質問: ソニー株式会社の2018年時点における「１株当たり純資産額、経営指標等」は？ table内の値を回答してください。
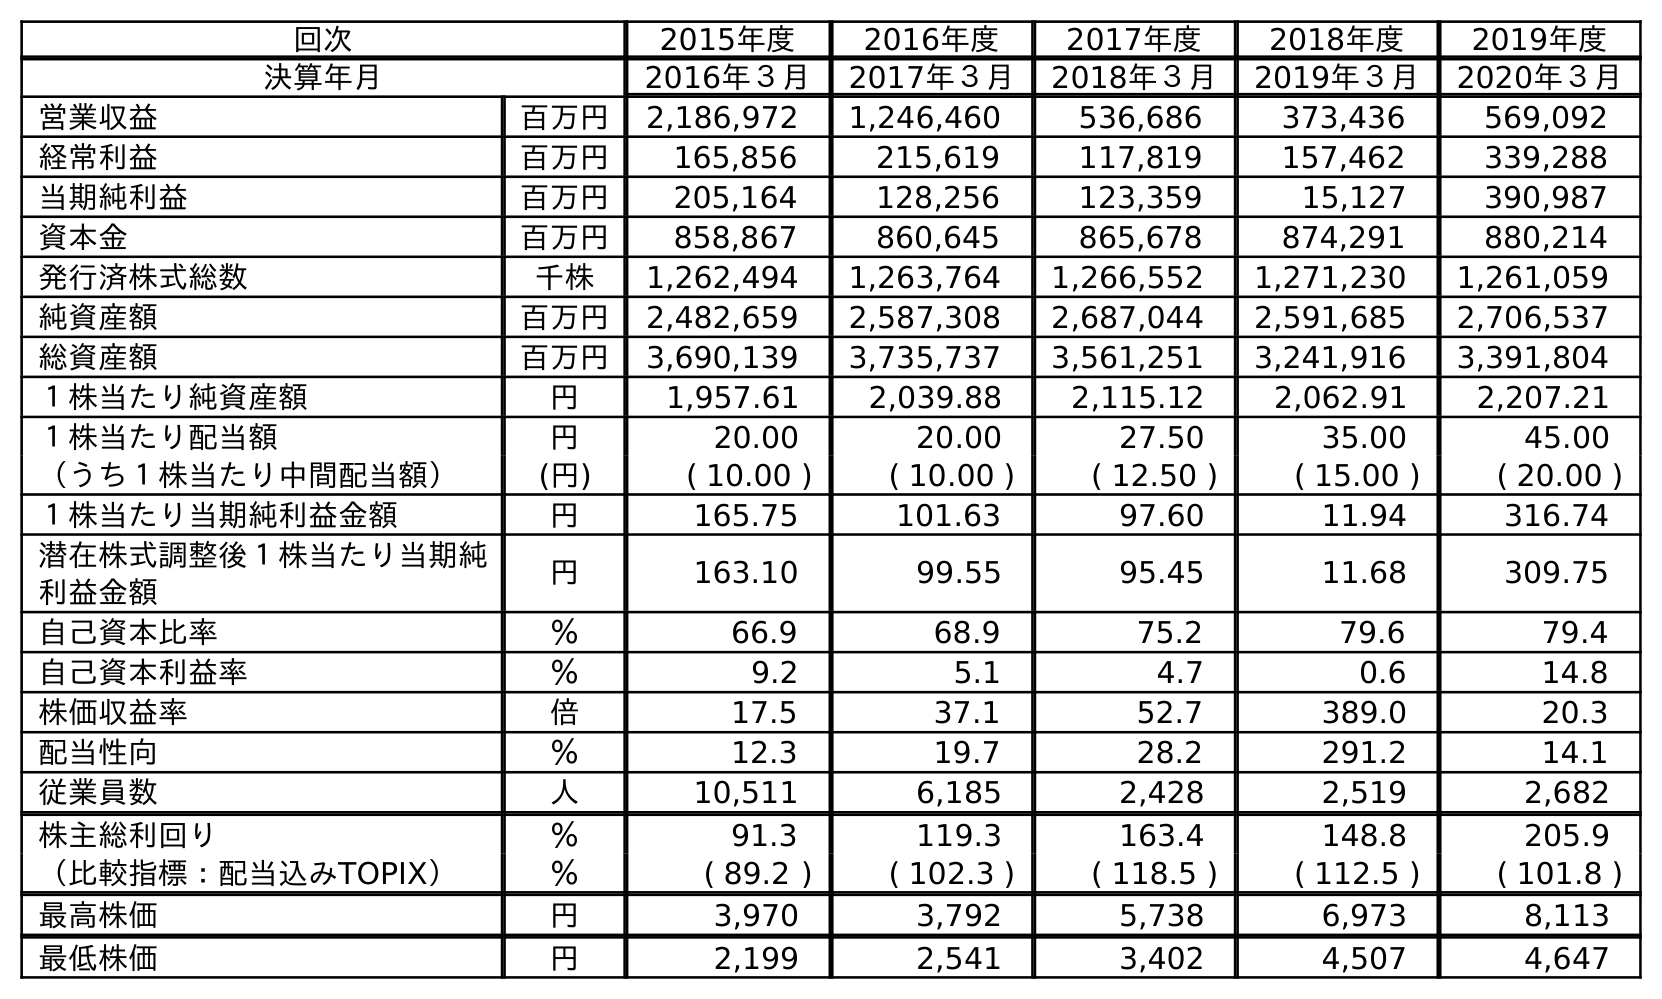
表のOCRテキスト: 回次 2015年度 2016年度 2017年度 2018年度 2019年度 決算年月 2016年３月 2017年３月 2018年３月 2019年３月 2020年３月 営業収益 百万円 2,186,972 1,246,460 536,686 373,436 569,092 経常利益 百万円 165,856 215,619 117,819 157,462 339,288 当期純利益 百万円 205,164 128,256 123,359 15,127 390,987 資本金 百万円 858,867 860,645 865,678 874,291 880,214 発行済株式総数 千株 1,262,494 1,263,764 1,266,552 1,271,230 1,261,059 純資産額 百万円 2,482,659 2,587,308 2,687,044 2,591,685 2,706,537 総資産額 百万円 3,690,139 3,735,737 3,561,251 3,241,916 3,391,804 １株当たり純資産額 円 1,957.61 2,039.88 2,115.12 2,062.91 2,207.21 １株当たり配当額 円 20.00 20.00 27.50 35.00 45.00 （うち１株当たり中間配当額） (円) ( 10.00 ) ( 10.00 ) ( 12.50 ) ( 15.00 ) ( 20.00 ) １株当たり当期純利益金額 円 165.75 101.63 97.60 11.94 316.74 潜在株式調整後１株当たり当期純 利益金額 円 163.10 99.55 95.45 11.68 309.75 自己資本比率 ％ 66.9 68.9 75.2 79.6 79.4 自己資本利益率 ％ 9.2 5.1 4.7 0.6 14.8 株価収益率 倍 17.5 37.1 52.7 389.0 20.3 配当性向 ％ 12.3 19.7 28.2 291.2 14.1 従業員数 人 10,511 6,185 2,428 2,519 2,682 株主総利回り ％ 91.3 119.3 163.4 148.8 205.9 （比較指標：配当込みTOPIX） ％ ( 89.2 ) ( 102.3 ) ( 118.5 ) ( 112.5 ) ( 101.8 ) 最高株価 円 3,970 3,792 5,738 6,973 8,113 最低株価 円 2,199 2,541 3,402 4,507 4,647
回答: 2,115.12